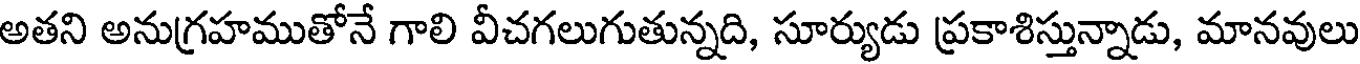
అతని అనుగ్రహముతోనే గాలి వీచగలుగుతున్నది, సూర్యుడు ప్రకాశిస్తున్నాడు, మానవులు